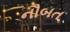
નૌબત